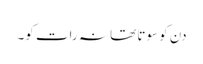
دن کو سوتا تھا نہ رات کو۔